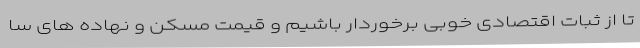
تا از ثبات اقتصادی خوبی برخوردار باشیم و قیمت مسکن و نهاده های سا